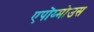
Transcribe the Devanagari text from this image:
एपोंय्मोउस